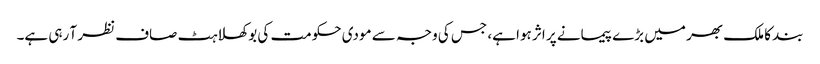
بند کا ملک بھر میں بڑے پیمانے پر اثر ہوا ہے، جس کی وجہ سے مودی حکومت کی بوکھلاہٹ صاف نظر آ رہی ہے۔